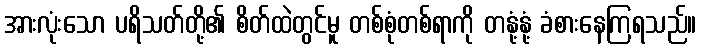
အားလုံးသော ပရိသတ်တို့၏ စိတ်ထဲတွင်မူ တစ်စုံတစ်ရာကို တနုံ့နုံ့ ခံစားနေကြရသည်။